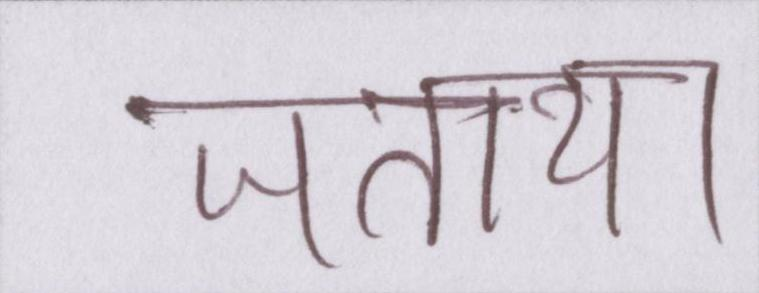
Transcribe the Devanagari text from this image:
जताया